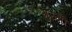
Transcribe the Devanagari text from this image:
गुरुश्री